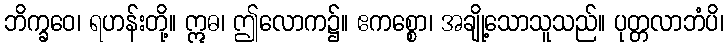
ဘိက္ခဝေ၊ ရဟန်းတို့။ ဣဓ၊ ဤလောက၌။ ဧကစ္စော၊ အချို့သောသူသည်။ ပုတ္တလာဘံပိ၊